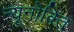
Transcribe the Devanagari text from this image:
न्यूनोक्‍ति